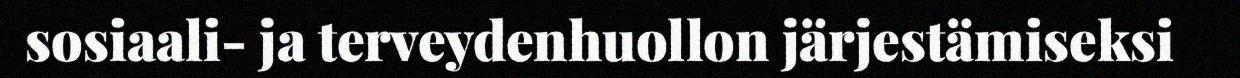
sosiaali- ja terveydenhuollon järjestämiseksi